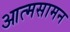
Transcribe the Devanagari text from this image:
आत्मसामन